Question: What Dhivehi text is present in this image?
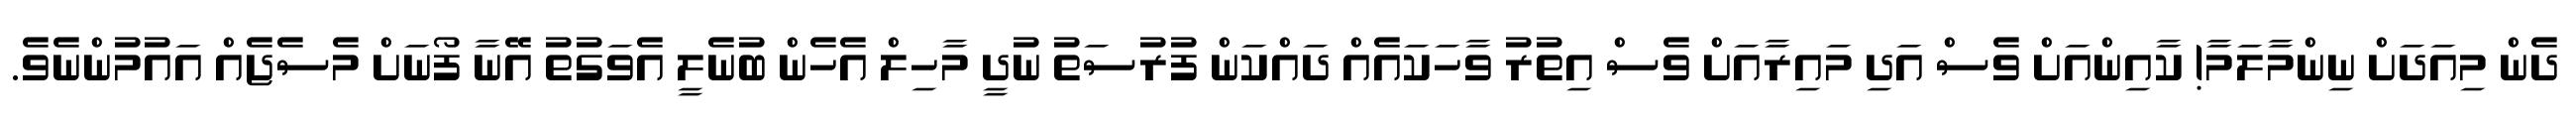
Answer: ދެން މިއަދަށް ނިންމާލަމާ! ކާއިންއަށް ވެސް އަދި މައިރާއަށް ވެސް އިތުރު ވާހަކައެއް ދައްކަން ފުރުސަތު ނުދީ މާހިލް އެހެން ބުނެލީ އެވަގުތު އޭނާ ފޯނަށް މެސެޖެއް އައުމުންނެވެ.